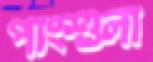
পাংশুলা